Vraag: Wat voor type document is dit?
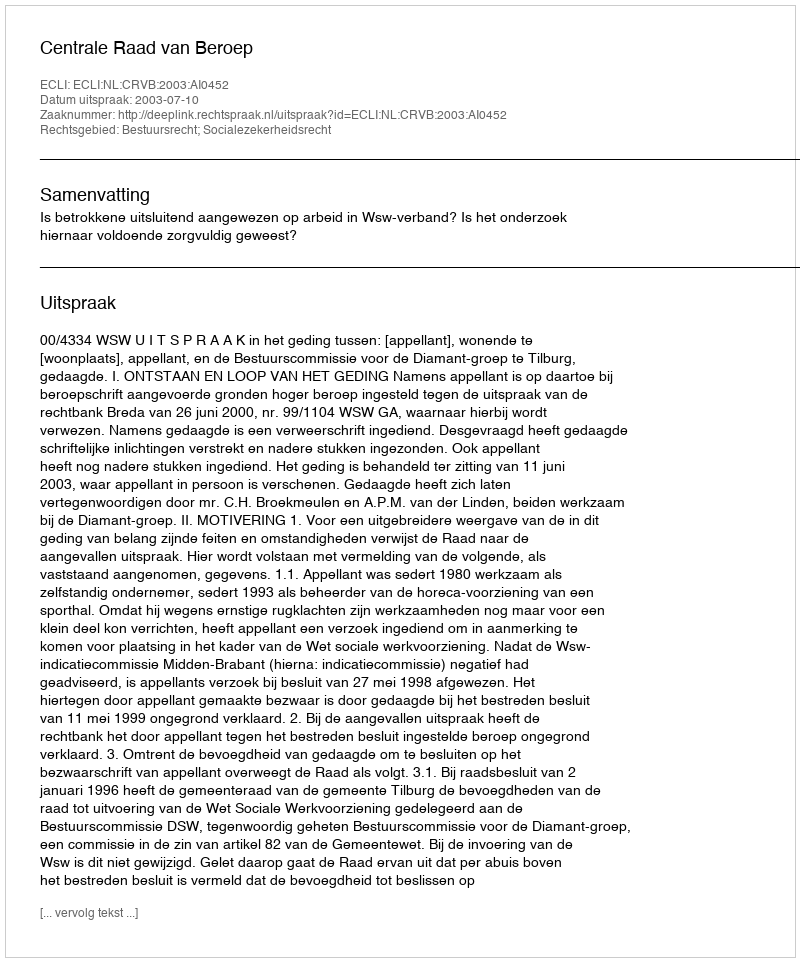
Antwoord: Uitspraak